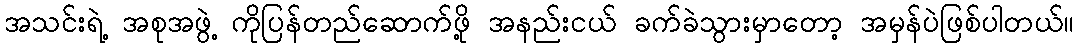
အသင်းရဲ့ အစုအဖွဲ့ ကိုပြန်တည်ဆောက်ဖို့ အနည်းငယ် ခက်ခဲသွားမှာတော့ အမှန်ပဲဖြစ်ပါတယ်။